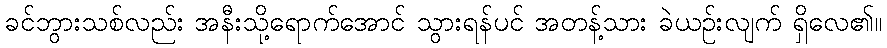
ခင်ဘွားသစ်လည်း အနီးသို့ရောက်အောင် သွားရန်ပင် အတန့်သား ခဲယဉ်းလျက် ရှိလေ၏။